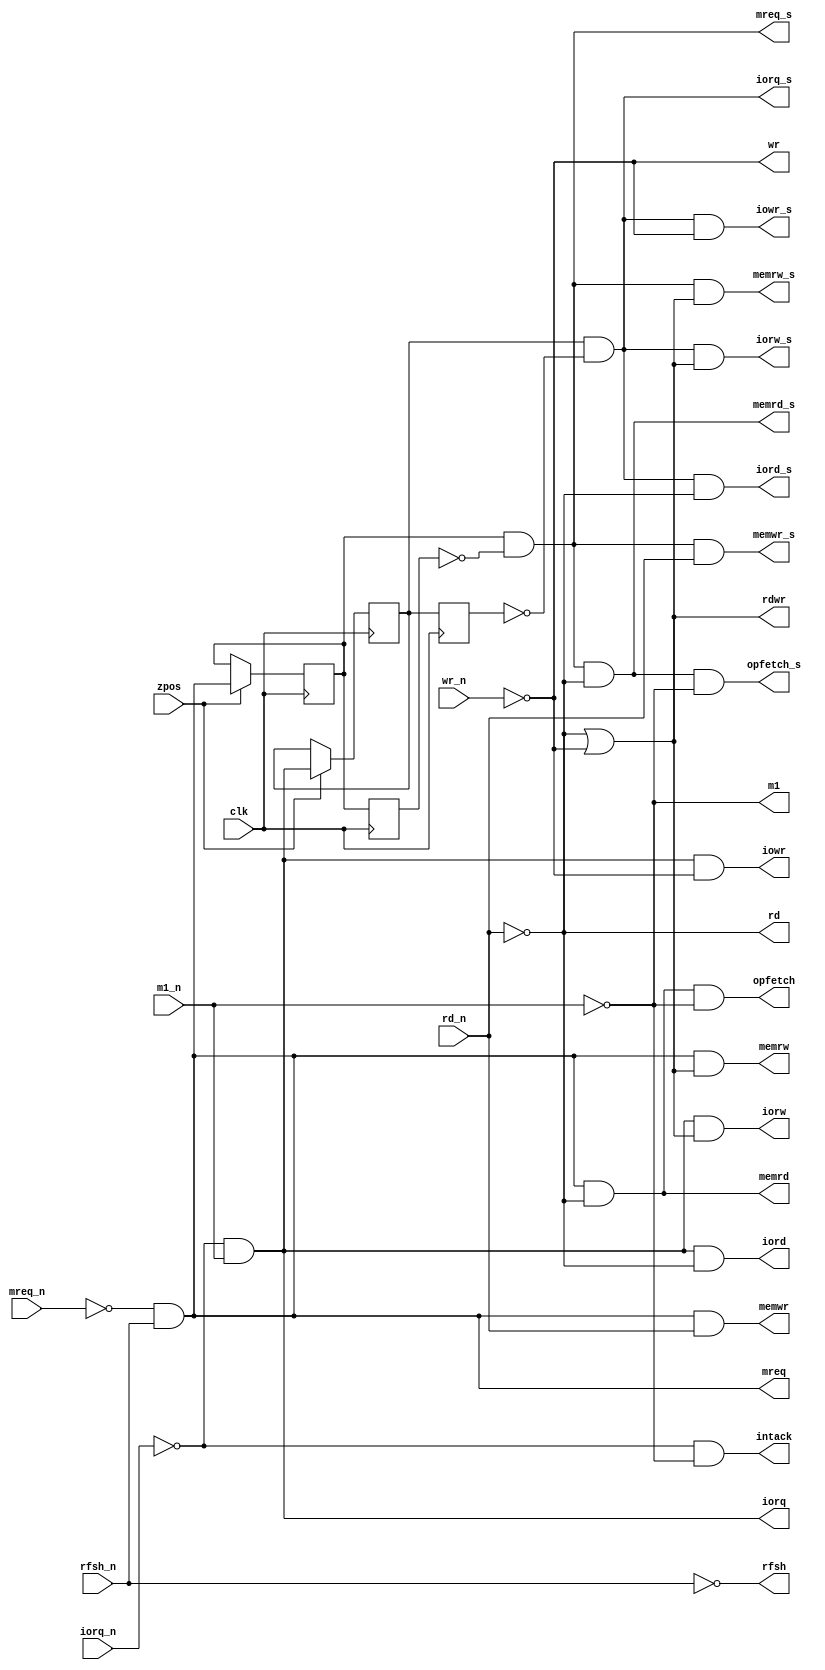
module zsignals(

// clocks
	input wire clk,
	input wire zpos,

// z80 interface input
	input wire iorq_n,
	input wire mreq_n,
	input wire m1_n,
	input wire rfsh_n,
	input wire rd_n,
	input wire wr_n,

// Z80 signals
	output wire m1,
	output wire rfsh,
	output wire rd,
	output wire wr,
	output wire iorq,
	output wire mreq,
	output wire rdwr,
	output wire iord,
	output wire iowr,
	output wire iorw,
	output wire memrd,
	output wire memwr,
	output wire memrw,
	output wire opfetch,
	output wire intack,

// Z80 signals strobes, at fclk
	output wire iorq_s,
	output wire mreq_s,
	output wire iord_s,
	output wire iowr_s,
	output wire iorw_s,
	output wire memrd_s,
	output wire memwr_s,
	output wire memrw_s,
	output wire opfetch_s
);

// invertors
    assign m1 = !m1_n;
    assign rfsh = !rfsh_n;
    assign rd = !rd_n;
    assign wr = !wr_n;

// requests
    assign iorq = !iorq_n && m1_n;       // this is masked by ~M1 to avoid port decoding on INT ack
    assign mreq = !mreq_n && rfsh_n;     // this is masked by ~RFSH to ignore refresh cycles as memory requests

// combined
    assign rdwr = rd || wr;
    assign iord = iorq && rd;
    assign iowr = iorq && wr;
    assign iorw = iorq && rdwr;
    assign memrd = mreq && rd;
    assign memwr = mreq && !rd;
    assign memrw = mreq && rdwr;
    assign opfetch = memrd && m1;
    assign intack = !iorq_n && m1;	// NOT masked by M1

// strobed
    assign iorq_s = iorq_r[0] && !iorq_r[1];
    assign mreq_s = mreq_r[0] && !mreq_r[1];
    assign iord_s = iorq_s && rd;
    assign iowr_s = iorq_s && wr;
    assign iorw_s = iorq_s && rdwr;
    assign memrd_s = mreq_s && rd;
    assign memwr_s = mreq_s && !rd;
    assign memrw_s = mreq_s && rdwr;
    assign opfetch_s = memrd_s && m1;

// latch inputs on FPGA clock
    reg [1:0] iorq_r, mreq_r;
    always @(posedge clk) if (zpos)
    begin
	iorq_r[0] <= iorq;
	mreq_r[0] <= mreq;
    end
		
    always @(posedge clk)
    begin
	iorq_r[1] <= iorq_r[0];
	mreq_r[1] <= mreq_r[0];
    end


endmodule